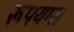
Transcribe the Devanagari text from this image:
रूपयास